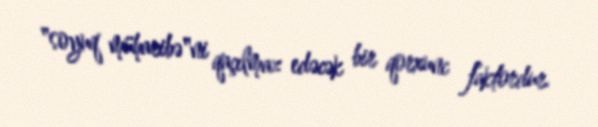
"soyuq müharibə"ni qaçılmaz edəcək bir qorxunc faktordur.